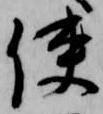
使